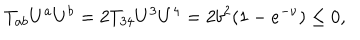
LaTeX: T _ { a b } U ^ { a } U ^ { b } = 2 T _ { 3 4 } U ^ { 3 } U ^ { 4 } = 2 b ^ { 2 } ( 1 - e ^ { - \nu } ) \le 0 ,